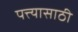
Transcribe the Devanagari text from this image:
पत्त्यासाठी